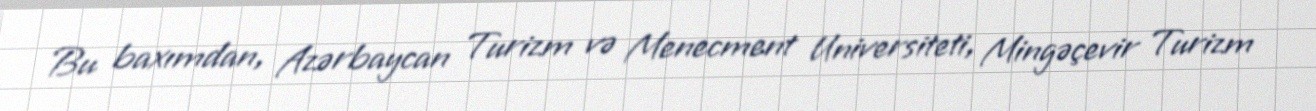
Bu baxımdan, Azərbaycan Turizm və Menecment Universiteti, Mingəçevir Turizm